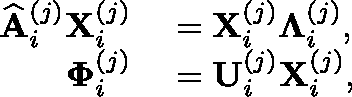
\begin{array} { r l } { \widehat { \mathbf { A } } _ { i } ^ { ( j ) } \mathbf { X } _ { i } ^ { ( j ) } } & { { } = \mathbf { X } _ { i } ^ { ( j ) } \mathbf { \Lambda } _ { i } ^ { ( j ) } , } \\ { \mathbf { \Phi } _ { i } ^ { ( j ) } } & { { } = \mathbf { U } _ { i } ^ { ( j ) } \mathbf { X } _ { i } ^ { ( j ) } , } \end{array}